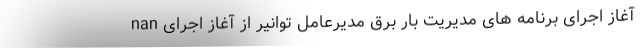
nan آغاز اجرای برنامه های مدیریت بار برق مدیرعامل توانیر از آغاز اجرای